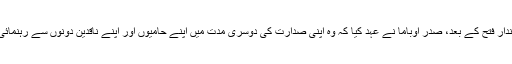
انتخاب کی رات شاندار فتح کے بعد، صدر اوباما نے عہد کیا کہ وہ اپنی صدارت کی دوسری مدت میں اپنے حامیوں اور اپنے ناقدین دونوں سے رہنمائی حاصل کریں گے۔